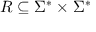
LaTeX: R \subseteq \Sigma ^ { * } \times \Sigma ^ { * }